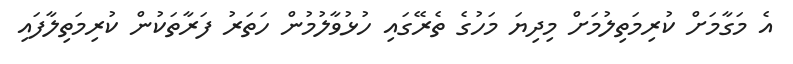
އެ މަގާމަށް ކުރިމަތިލުމަށް މިދިޔަ މަހުގެ ތެރޭގައި ހުޅުވާލުމުން ހަތަރު ފަރާތަކުން ކުރިމަތިލާފައި